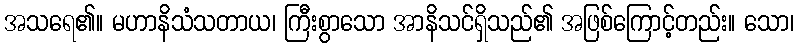
အသရေ၏။ မဟာနိသံသတာယ၊ ကြီးစွာသော အာနိသင်ရှိသည်၏ အဖြစ်ကြောင့်တည်း။ သော၊